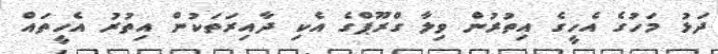
ދަޅު މަހުގެ އެހީގެ އިތުރުން ވިލާ ގްރޫޕްގެ އެކި ދާއިރަތަކުން އިތުރު އެހީތައް